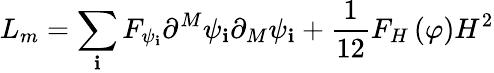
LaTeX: L_{m}=\sum_{\mathbf{i}}F_{\psi_{\mathbf{i}}}\partial^{M}\psi_{\mathbf{i}}\partial_{M}\psi_{\mathbf{i}}+\frac{1}{{12}}F_{H}\left(\varphi\right)H^{2}